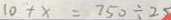
1 0 + x = 7 5 0 \div 2 5